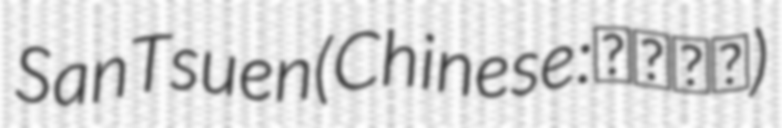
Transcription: San Tsuen (Chinese: 林村新村)